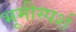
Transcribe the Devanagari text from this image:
भूमीस्पर्श